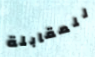
للمقابلة